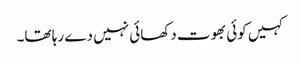
کہیں کوئی بھوت دکھائی نہیں دے رہا تھا۔